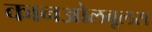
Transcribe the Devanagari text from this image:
कानओलबूलस